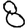
Digit: 8